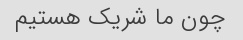
چون ما شریک هستیم